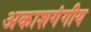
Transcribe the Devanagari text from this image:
अकाशगंगीय